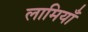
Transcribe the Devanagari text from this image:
लामियाँ